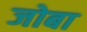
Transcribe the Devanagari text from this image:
जोबा